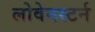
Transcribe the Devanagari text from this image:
लोवेनस्टर्न